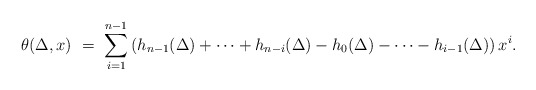
\begin{align*} \theta(\Delta,x) \ = \ \sum_{i=1}^{n-1} \left( h_{n-1}(\Delta) + \cdots + h_{n-i}(\Delta) - h_0(\Delta) - \cdots - h_{i-1}(\Delta) \right) x^i . \end{align*}